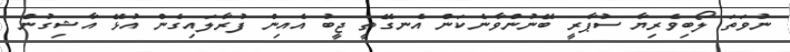
ނުވަތަ ލޯބިވެރިޔާ ސުޕާރީ ބޭނުންވާނެކަން އެނގޭތީ ޖީބު އެއިން ފުރާލައިގެން އުޅޭ އާޝިގުން